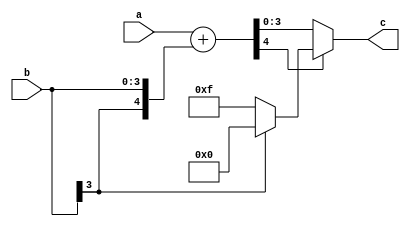
// This program was cloned from: https://github.com/Modos-Labs/Caster
// License: CERN Open Hardware Licence Version 2 - Permissive

// Copyright Wenting Zhang 2024
//
// This source describes Open Hardware and is licensed under the CERN-OHL-P v2
//
// You may redistribute and modify this documentation and make products using
// it under the terms of the CERN-OHL-P v2 (https:/cern.ch/cern-ohl). This
// documentation is distributed WITHOUT ANY EXPRESS OR IMPLIED WARRANTY,
// INCLUDING OF MERCHANTABILITY, SATISFACTORY QUALITY AND FITNESS FOR A
// PARTICULAR PURPOSE. Please see the CERN-OHL-P v2 for applicable conditions
//
// adder_sat.v
// Saturation adder, used in bayer dithering
`timescale 1ns / 1ps
`default_nettype none
module adder_sat(
    input wire [4:0] a, // unsigned
    input wire [3:0] b, // signed
    output wire [3:0] c // unsigned
);

    //wire [4:0] a_ext = {1'b0, a};
    wire [4:0] a_ext = a;
    wire [4:0] b_ext = {b[3], b};
    wire [4:0] add = a_ext + b_ext;
    assign c = add[4] ? (b[3] ? (4'h0) : (4'hF)) : (add[3:0]);

endmodule
`default_nettype wire